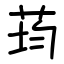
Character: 荺